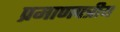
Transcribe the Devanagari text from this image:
प्रमाणपत्रीय